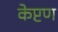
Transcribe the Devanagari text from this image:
केप्टण